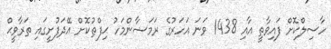
ހާސިލްކޮށް ފައިވާތީ އާއި 1438 ވަނަ އަހަރުގެ ރަމަޟާންމަހު ޙިފްޠުކޮށް އޭދަފުށީގައި ތަރާވީޙް